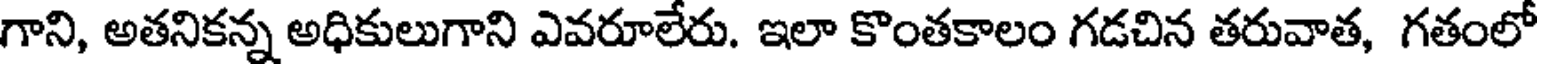
గాని, అతనికన్న అధికులుగాని ఎవరూలేరు. ఇలా కొంతకాలం గడచిన తరువాత, గతంలో